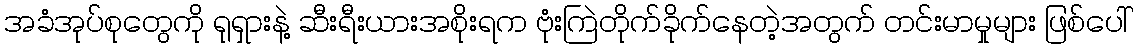
အခံအုပ်စုတွေကို ရုရှားနဲ့ ဆီးရီးယားအစိုးရက ဗုံးကြဲတိုက်ခိုက်နေတဲ့အတွက် တင်းမာမှုများ ဖြစ်ပေါ်